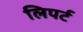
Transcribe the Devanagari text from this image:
लिपर्ट